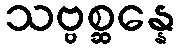
သဗ္ဗစ္ဆန္နေ